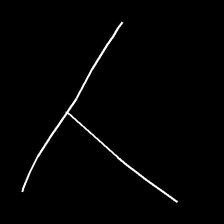
Glyph: column